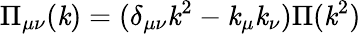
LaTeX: \Pi_{\mu\nu}(\mathit{k})=(\delta_{\mu\nu}\mathit{k}^{2}-\mathit{k}_{\mu}\mathit{k}_{\nu})\Pi(\mathit{k}^{2})